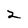
Character: 2